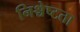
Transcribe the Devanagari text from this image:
निश्चेष्टता